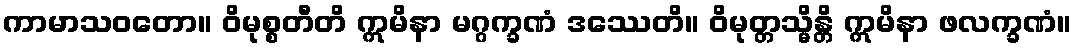
ကာမာသဝတော။ ဝိမုစ္စတီတိ ဣမိနာ မဂ္ဂက္ခဏံ ဒဿေတိ။ ဝိမုတ္တသ္မိန္တိ ဣမိနာ ဖလက္ခဏံ။